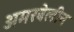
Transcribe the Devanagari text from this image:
अमरबेलीन